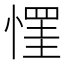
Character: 𢠪